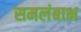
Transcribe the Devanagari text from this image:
समलंबाभ